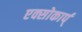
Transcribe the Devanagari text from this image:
एक्सोकार्प्